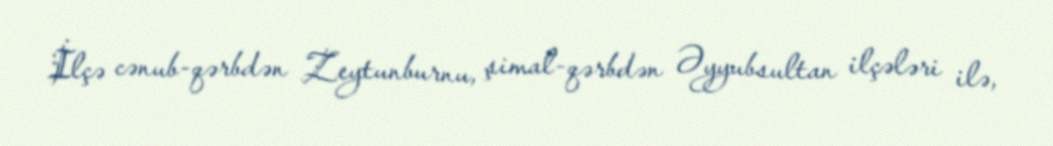
İlçə cənub-qərbdən Zeytunburnu, şimal-qərbdən Əyyubsultan ilçələri ilə,